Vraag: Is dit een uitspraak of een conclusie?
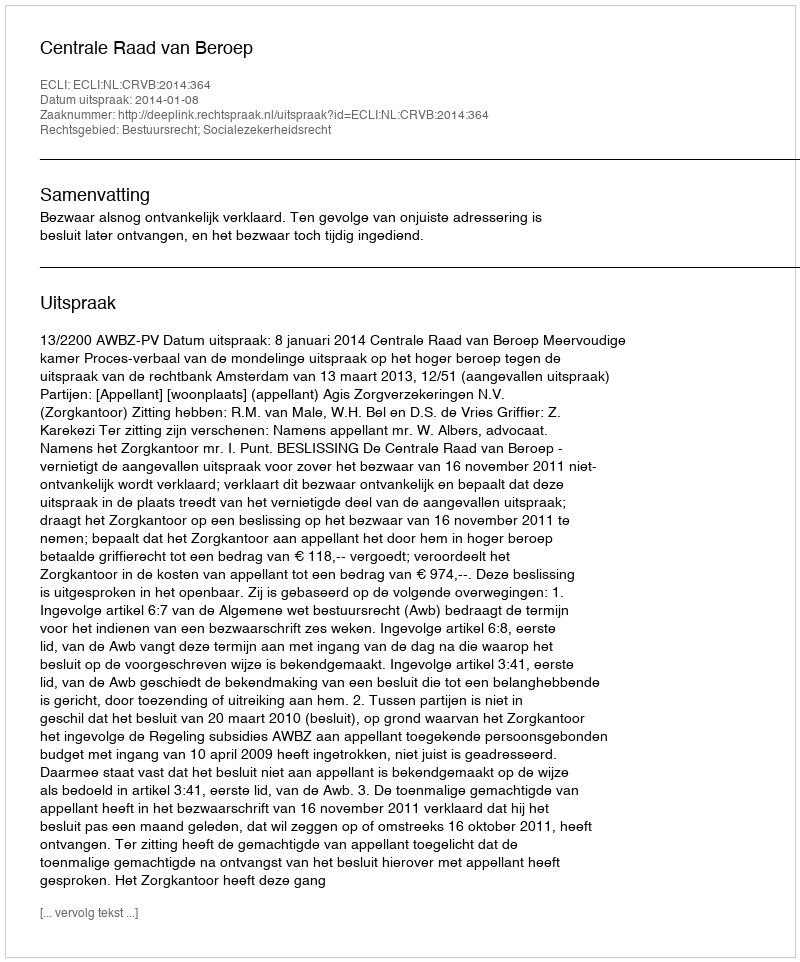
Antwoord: Uitspraak